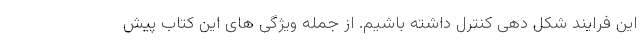
این فرایند شکل دهی کنترل داشته باشیم. از جمله ویژگی های این کتاب پیش